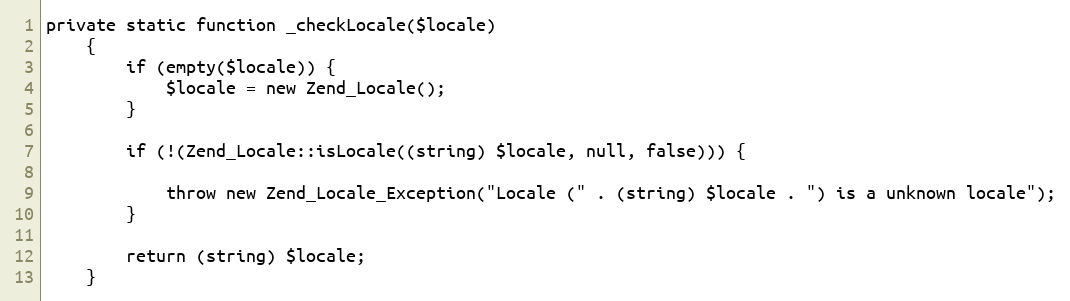
Language: PHP
private static function _checkLocale($locale)
    {
        if (empty($locale)) {
            $locale = new Zend_Locale();
        }

        if (!(Zend_Locale::isLocale((string) $locale, null, false))) {

            throw new Zend_Locale_Exception("Locale (" . (string) $locale . ") is a unknown locale");
        }

        return (string) $locale;
    }